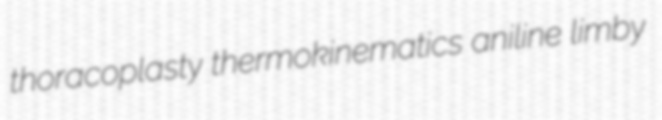
thoracoplasty thermokinematics aniline limby